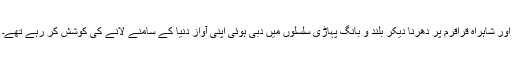
اور شاہراہ قراقرم پر دھرنا دیکر بلند و بانگ پہاڑی سلسلوں میں دبی ہوئی اپنی آواز دنیا کے سامنے لانے کی کوشش کر رہے تھے۔